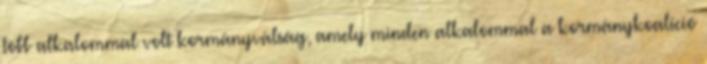
több alkalommal volt kormányválság, amely minden alkalommal a kormánykoalíció